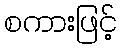
စကားဖြင့်